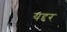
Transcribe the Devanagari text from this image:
यद्दर